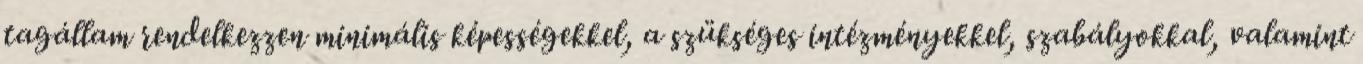
tagállam rendelkezzen minimális képességekkel, a szükséges intézményekkel, szabályokkal, valamint